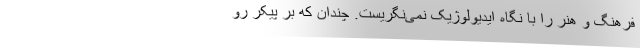
فرهنگ و هنر را با نگاه ایدیولوژیک نمی‌نگریست. چندان که بر پیکر رو